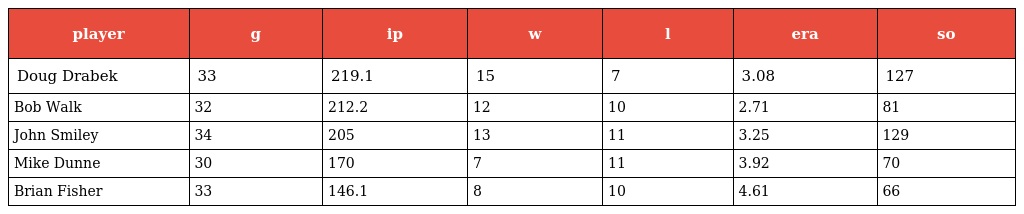
| player | g | ip | w | l | era | so |
 | --- | --- | --- | --- | --- | --- | --- |
 | Doug Drabek | 33 | 219.1 | 15 | 7 | 3.08 | 127 |
 | Bob Walk | 32 | 212.2 | 12 | 10 | 2.71 | 81 |
 | John Smiley | 34 | 205 | 13 | 11 | 3.25 | 129 |
 | Mike Dunne | 30 | 170 | 7 | 11 | 3.92 | 70 |
 | Brian Fisher | 33 | 146.1 | 8 | 10 | 4.61 | 66 |